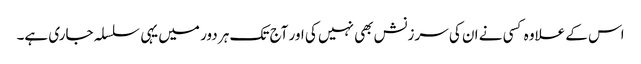
اس کے علاوہ کسی نے ان کی سرزنش بھی نہیں کی اور آج تک ہر دور میں یہی سلسلہ جاری ہے۔